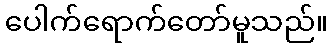
ပေါက်ရောက်တော်မူသည်။